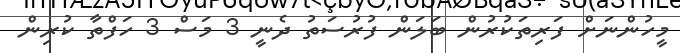
މީހުންނަށް ފަރިތަކުރުން ބަލަން ފުރުސަތު ދެނީ 3 މަސް 3 ހަފްތާ ކުރިން